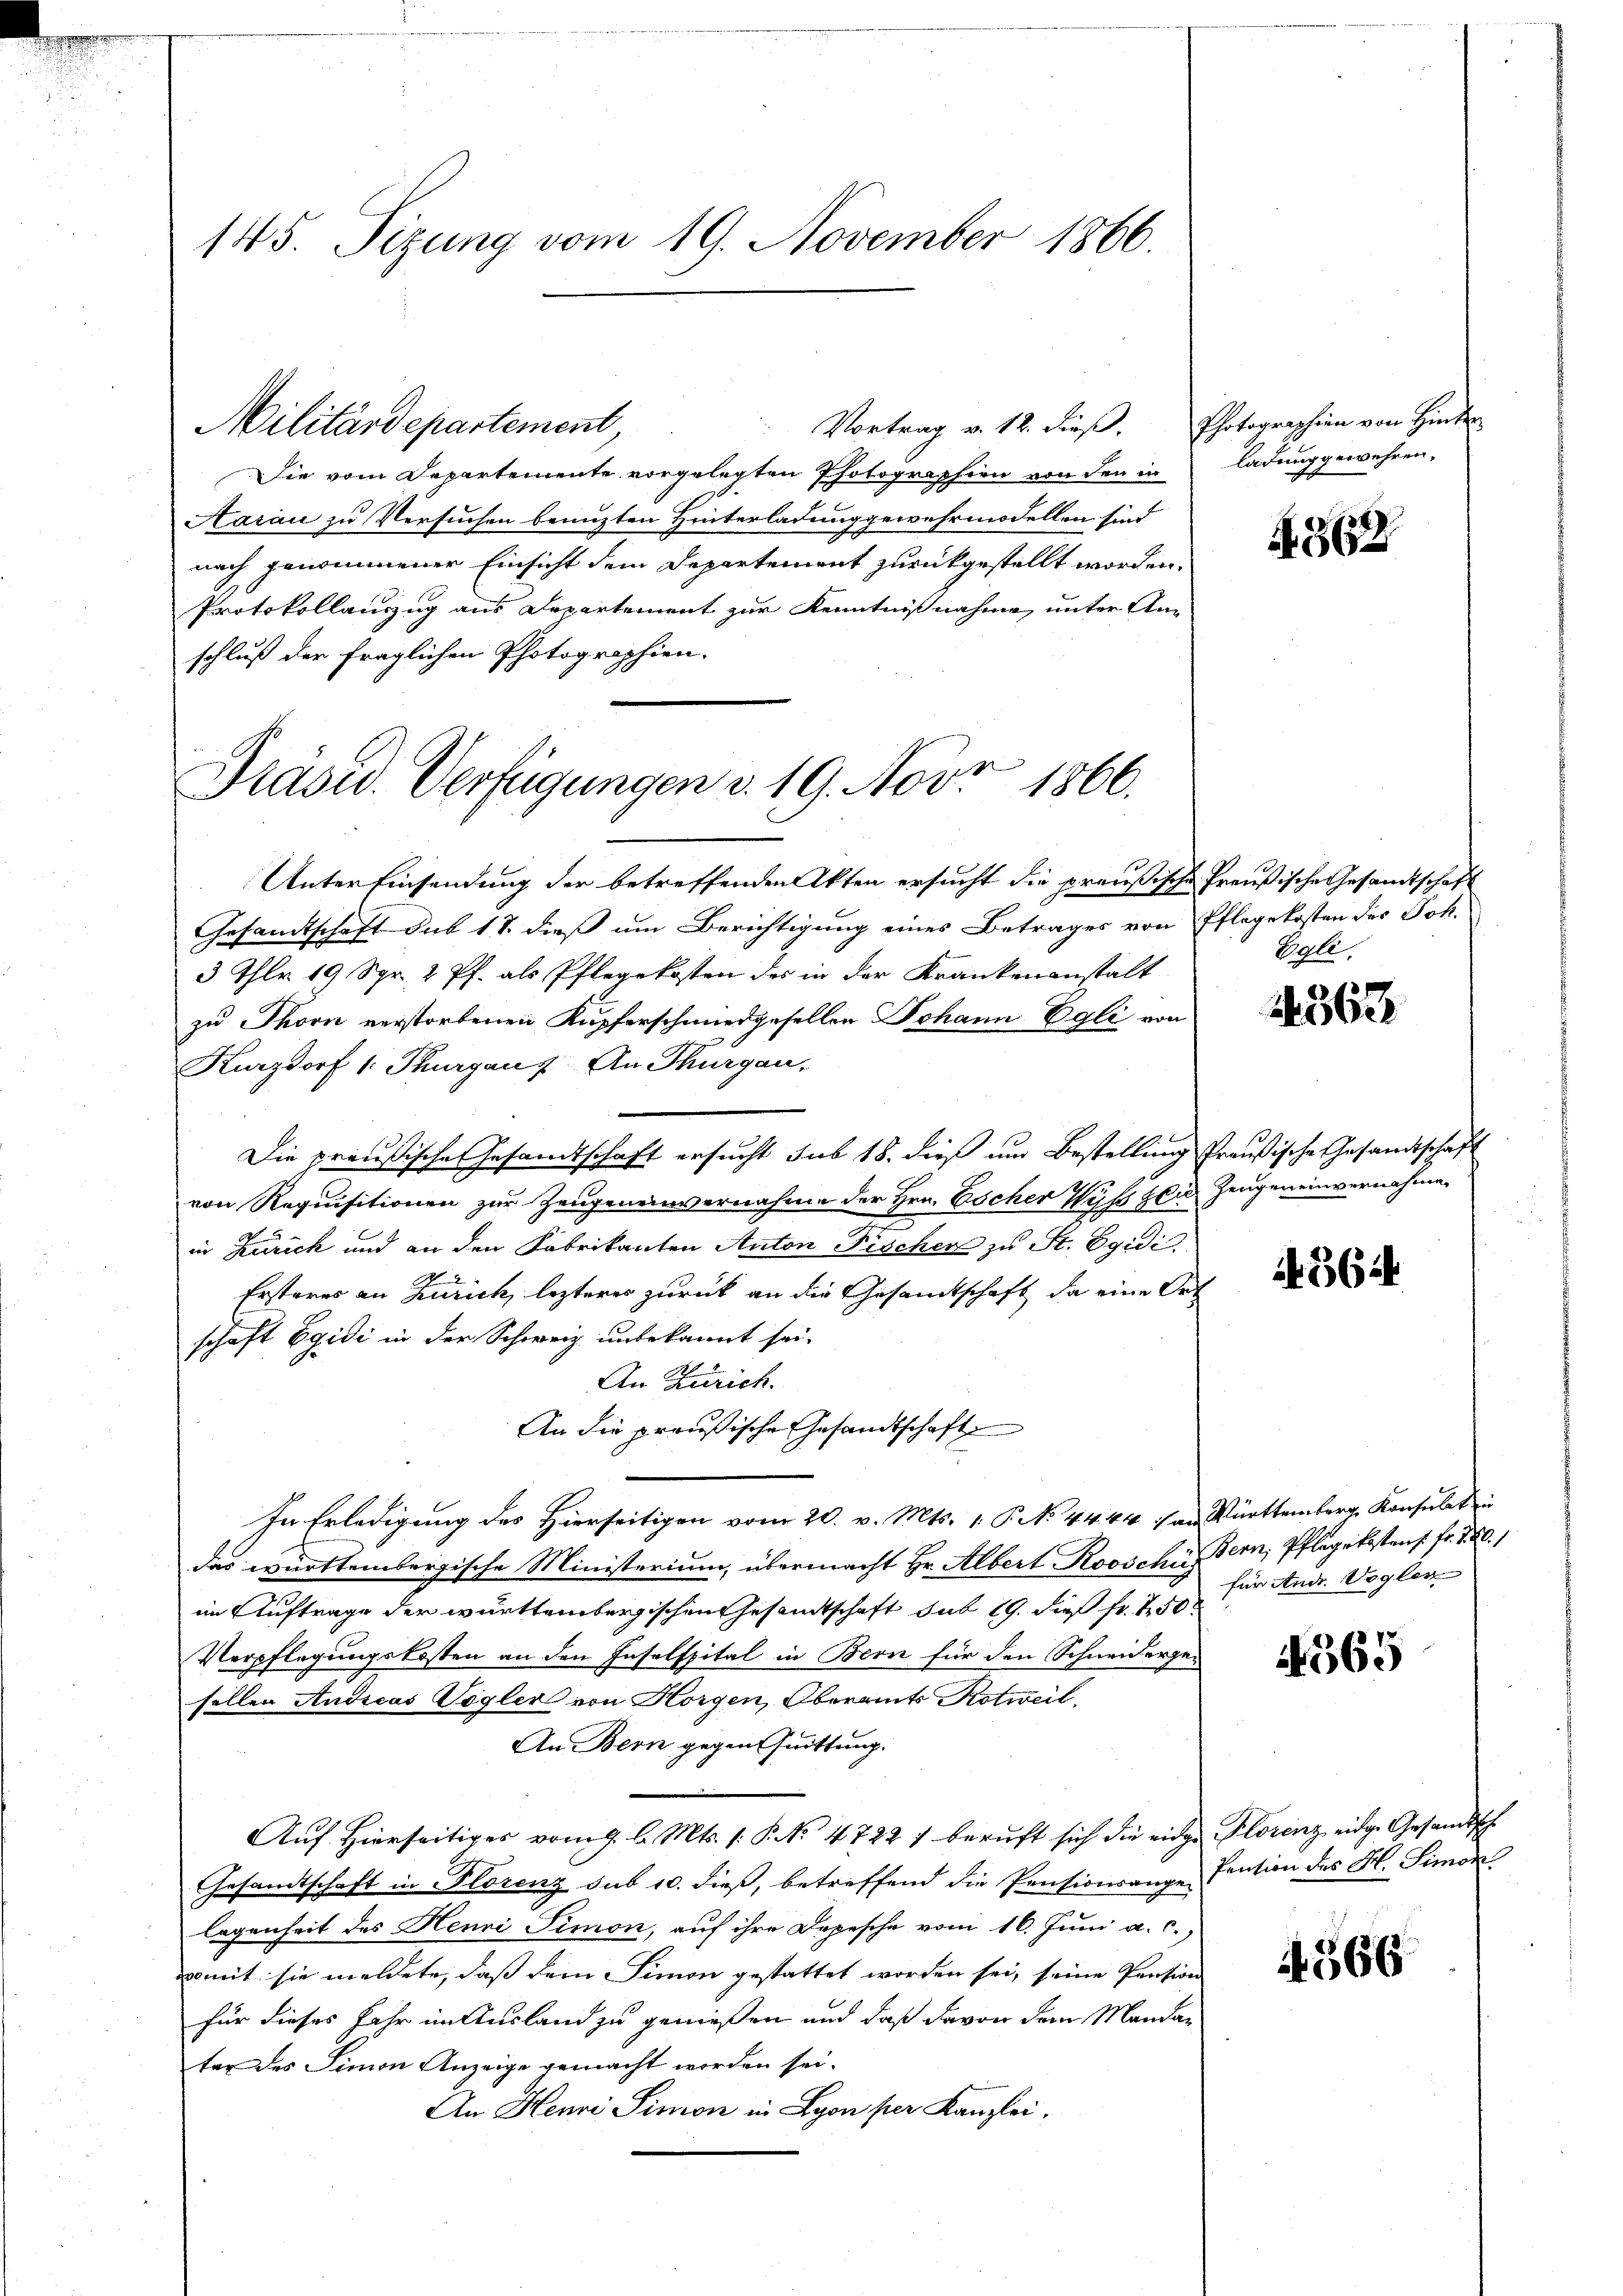
145. Sizung vom 19. November 1866.

Vortrag v. 12. dieß. Photographien von Hinter
Militärdepartement,
Die vom Departemente vorgelegten Photographien von den in
Aarau zu Versuchen benuzten Hinterladung gewehrmodellen sind
nach genommener Einsicht dem Departement zurückgestellt worden.
Protokollauszug aus Departement zur Kenntnißnahme, unter Anschluß der fraglichen Photographien.

Präsid. Verfügungen v. 19. Novr 1866.

Unter Einsendung der betreffenden Akten ersucht die preußische Preußische Gesandtschaft
Gesandtschaft sub 18. dieß um Berichtigung eines Betrages von Pflegekosten des Joh.
3 Thlr 19 Spr. 2 Pf. als Pflegekosten des in der Krankenanstalt
zu Thorn verstorbenen Kupferschmiedgesellen Johann Egli von
Kurzdorf 1. Thurgau. An Thurgau,
Die preußische Gesandtschaft ersucht sub 18. dieß um Bestellung Preußische Gesandtschaft
von Requisitionen zur Zeugeneinvernahme der Hrn. Escher Wyss bei Zeugen einvernahme
in Zürich und an den Fabrikanten Anton Fischer zu St. Egidi
Ersteres an Zürich, lezteres zurück an die Gesamtschaft, da eine Ort
schaft Egidi in der Schweiz unbekannt sei.
An Zürich.
An die preußische Gesandtschaft
In Erledigung des Hierseitigen vom 20. v. Mts. 1. P. No 44. 44 an Württemberg Konsulat in
das württembergische Ministerium, übermacht Hr. Albert Roosche Bern, Pflegekostens Fr. 10.1
im Auftrage der württembergischen Gesandtschaft sub 19. dieß fr. 250
Verpflegungskosten an den Inselspital in Bern für den Schneidergesollen Andreas Vögler von Horgen, Oberamts Notweil,
An Bern gegen Quittung.
Aŭf Hierseitiges vom 9. l. Mts. (: P. No. 4722 / beruft sich die eidge Florenz eidge Gesandtsch
Gesandtschaft in Florenz sub 10. dieß, betreffend die Pensionsange Pension des H. Simon
legenheit des Henri Simon, auf ihre Depesche vom 16. Juni a. c.)
womit sie meldete, daß dem Simon gestattet worden sei, seine Pension
für dieses Jahr im Ausland zu genießen und daß davon dem Mandater des Simon Anzeige gemacht worden sei.
An Heure Simon in Lyon per Kanzlei.

ladung gewehren.

4362

Egli.

4363

4364

für Andr. Voglen

4565

4366